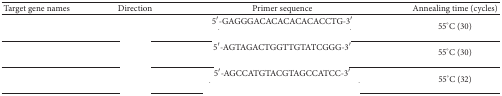
<table><thead><tr><td><b>Target gene names</b></td><td><b>Direction</b></td><td><b>Primer sequence</b></td><td><b>Annealing time (cycles)</b></td></tr></thead><tbody><tr><td rowspan="2">[EMPTY_CELL]</td><td>[EMPTY_CELL]</td><td>5′-GAGGGACACACACACACCTG-3′</td><td rowspan="2">55°C (30)</td></tr><tr><td>[EMPTY_CELL]</td><td>[EMPTY_CELL]</td></tr><tr><td rowspan="2">[EMPTY_CELL]</td><td>[EMPTY_CELL]</td><td>5′-AGTAGACTGGTTGTATCGGG-3′</td><td rowspan="2">55°C (30)</td></tr><tr><td>[EMPTY_CELL]</td><td>[EMPTY_CELL]</td></tr><tr><td rowspan="2">[EMPTY_CELL]</td><td>[EMPTY_CELL]</td><td>5′-AGCCATGTACGTAGCCATCC-3′</td><td rowspan="2">55°C (32)</td></tr><tr><td>[EMPTY_CELL]</td><td>[EMPTY_CELL]</td></tr></tbody></table>